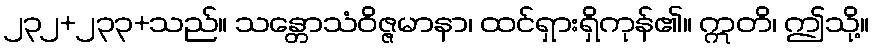
၂၃၂+၂၃၃+သည်။ သန္တောသံဝိဇ္ဇမာနာ၊ ထင်ရှားရှိကုန်၏။ ဣတိ၊ ဤသို့။